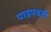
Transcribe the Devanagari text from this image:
पाइपवर्क